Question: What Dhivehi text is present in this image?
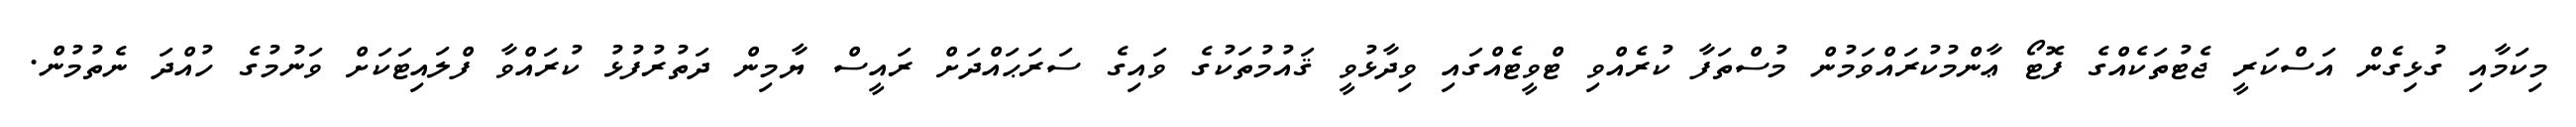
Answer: މިކަމާއި ގުޅިގެން އަސްކަރީ ޖެޓުތަކެއްގެ ފޮޓޯ ޢާންމުކުރައްވަމުން މުސްތަފާ ކުރެއްވި ޓްވީޓެއްގައި ވިދާޅުވީ ޤައުމުތަކުގެ ވައިގެ ސަރަޙައްދަށް ރައީސް ޔާމިން ދަތުރުފުޅު ކުރައްވާ ފްލައިޓަކަށް ވަނުމުގެ ހުއްދަ ނެތުމުން.